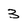
Character: 3